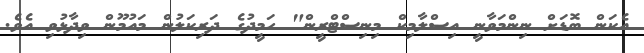
އެކަން ބޮޑަށް ނިންމަވާނީ އިސްލާމިކް މިނިސްޓްރީން" ހަމީދުގެ ދަރިކަލުން މައުމޫން ވިދާޅުވި އެވެ.